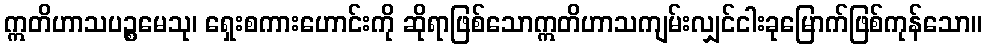
ဣတိဟာသပဉ္စမေသု၊ ရှေးစကားဟောင်းကို ဆိုရာဖြစ်သောဣတိဟာသကျမ်းလျှင်ငါးခုမြောက်ဖြစ်ကုန်သော။